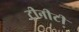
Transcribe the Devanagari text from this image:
ट्रीनीटी